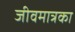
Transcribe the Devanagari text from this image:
जीवमात्रका